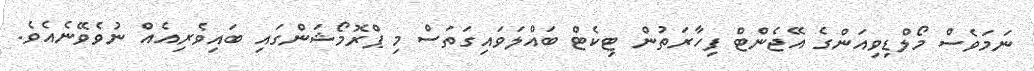
ނަމަވެސް މޯލްޑިވިއަންގެ އޭޖެންޓް ފިހާރަތުން ޓިކެޓް ބައްލަވައިގަތަސް މި ޕްރޮމޯޝަންގައި ބައިވެރިއެއް ނުވެވޭނެއެވެ.